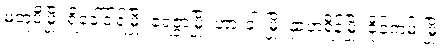
မတူပီမြို့၊ ရိခေါ်ဒါရ်မြို့၊ ရေဇွာမြို့၊ ဟားခါးမြို့၊ နှာဟရိန်မြို့၊ ခိုင်ကမ်းမြို့၊